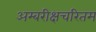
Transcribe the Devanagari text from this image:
अम्बरीक्षचरितम